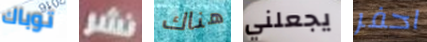
توباك نشر هناك يجعلني احفر